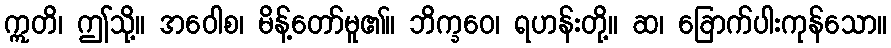
ဣတိ၊ ဤသို့။ အဝေါစ၊ မိန့်တော်မူ၏။ ဘိက္ခဝေ၊ ရဟန်းတို့။ ဆ၊ ခြောက်ပါးကုန်သော။